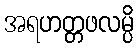
အရဟတ္တဖလမ္ပိ